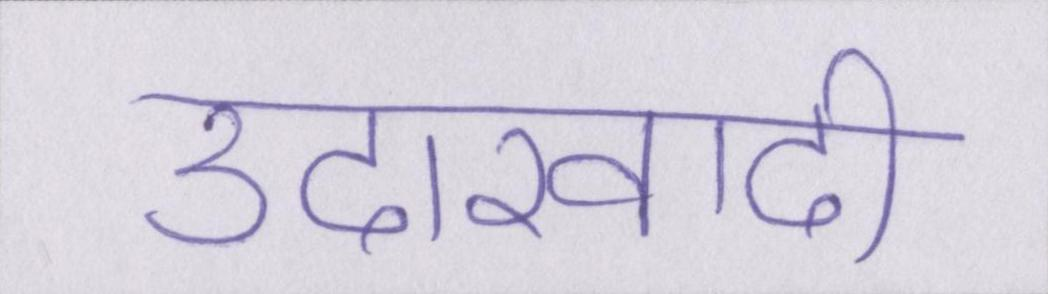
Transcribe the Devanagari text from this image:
उदारवादी